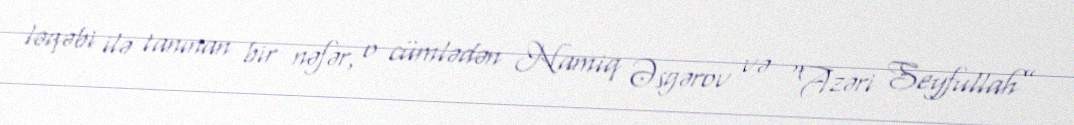
ləqəbi ilə tanınan bir nəfər, o cümlədən Namiq Əsgərov və “Azəri Seyfullah”